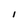
Character: I